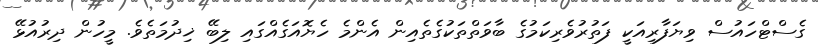
ގެސްޓްހައުސް ވިޔަފާރިއަކީ ފަތުރުވެރިކަމުގެ ބާވަތްތަކުގެތެއިން އެންމެ ހެޔޮއަގެއްގައި ލިބޭ ޚިދުމަތެވެ. މީހުން ދިރުއުޅޭ